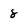
Character: 8